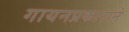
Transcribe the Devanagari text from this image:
गायनप्रकाराने